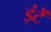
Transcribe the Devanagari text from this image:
इंटें